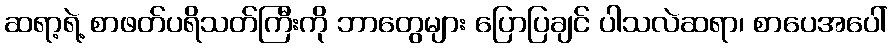
ဆရာ့ရဲ့ စာဖတ်ပရိသတ်ကြီးကို ဘာတွေများ ပြောပြချင် ပါသလဲဆရာ၊ စာပေအပေါ်